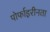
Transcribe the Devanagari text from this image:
पोर्फाइरीनता